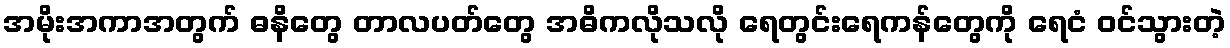
အမိုးအကာအတွက် ဓနိတွေ တာလပတ်တွေ အဓိကလိုသလို ရေတွင်းရေကန်တွေကို ရေငံ ဝင်သွားတဲ့